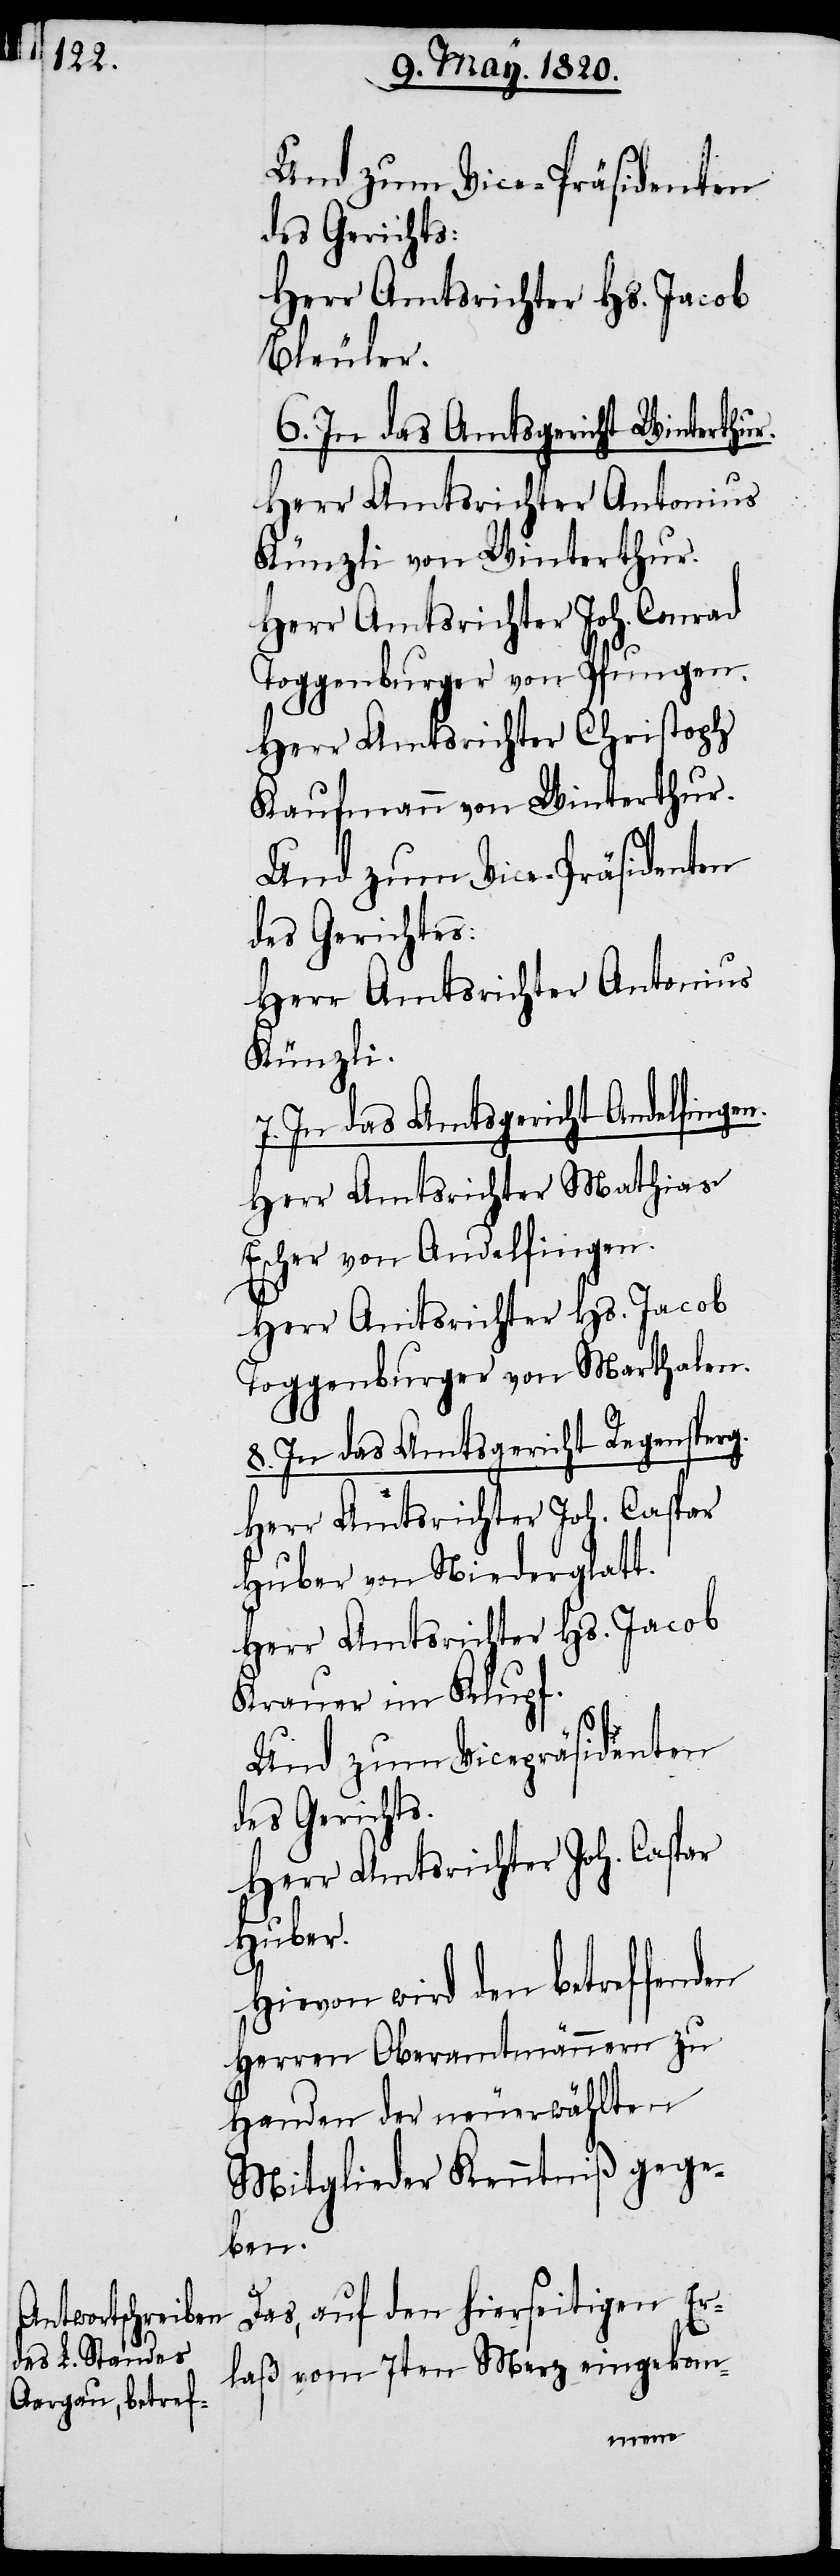
Und zum Vice-Präsidenten
des Gerichtes:
Herr Amtsrichter Hs. Jacob
Bleuler.
6. In das Amtsgericht Winterthur.
Herr Amtsrichter Antonius
Künzli von Winterthur.
Herr Amtsrichter Joh. Conrad
Toggenburger von Pfungen.
Herr Amtsrichter Christoph
Kaufmann von Winterthur.
Und zum Vice-Präsidenten
des Gerichtes:
Herr Amtsrichter Antonius
Künzli.
7. In das Amtsgericht Andelfingen.
Herr Amtsrichter Mathias
Escher von Andelfingen.
Herr Amtsrichter Hs. Jacob
Toggenburger von Marthalen.
8. In das Amtsgericht Regensperg.
Herr Amtsrichter Joh. Caspar
Huber von Niederglatt.
Herr Amtsrichter Hs. Jacob
Krauer im Klupf.
Und zum Vicepräsidenten
des Gerichts.
Herr Amtsrichter Joh. Caspar
Huber.
Hievon wird den betreffenden
Herren Oberamtmännern zu
Handen der neuerwählten
Mitglieder Kenntniβ gege¬
ben.
Das, auf den hierseitigen Er¬
laß vom 7ten Merz eingekom-